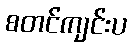
စတင်ကျင်းပ